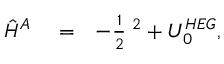
\begin{array} { r l r } { \hat { H } ^ { A } } & { { } = } & { - \frac { 1 } { 2 } { \bf \nabla } ^ { 2 } + U _ { 0 } ^ { H E G } , } \end{array}